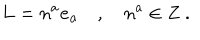
{ \bf L } = n ^ { a } { \bf e _ { a } } \quad , \quad n ^ { a } \in Z \ .